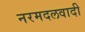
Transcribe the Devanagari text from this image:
नरमदलवादी